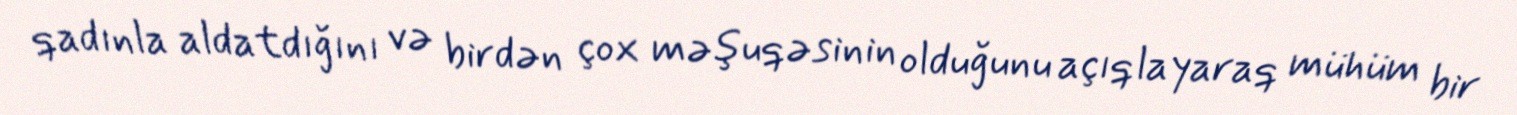
qadınla aldatdığını və birdən çox məşuqəsinin olduğunu açıqlayaraq mühüm bir